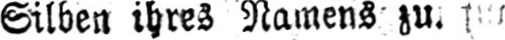
Silben ihres Namens zu.